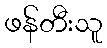
ဖန်တီးသူ